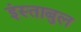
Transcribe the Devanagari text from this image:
इंस्ताबुल